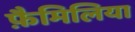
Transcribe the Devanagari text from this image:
फ़ैमिलिया